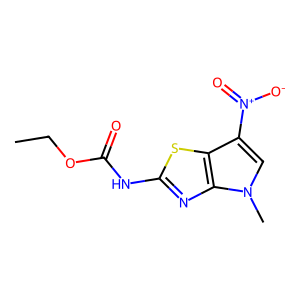
SMILES: CCOC(=O)Nc1nc2c(s1)c([N+](=O)[O-])cn2C
Inhibits HIV replication: No